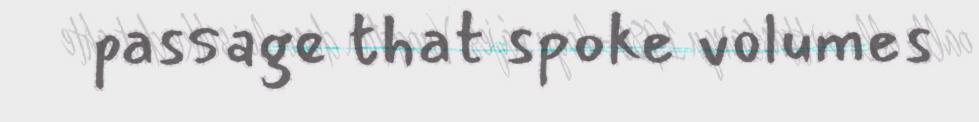
passage that spoke volumes